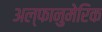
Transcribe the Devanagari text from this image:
अल्फानुमेरिक